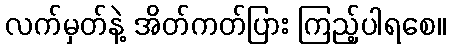
လက်မှတ်နဲ့ အိတ်ကတ်ပြား ကြည့်ပါရစေ။